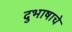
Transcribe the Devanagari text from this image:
दुभाषाचे